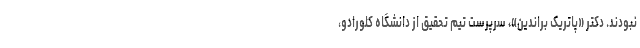
نبودند. دکتر «پاتریک براندین»، سرپرست تیم تحقیق از دانشگاه کلورادو،